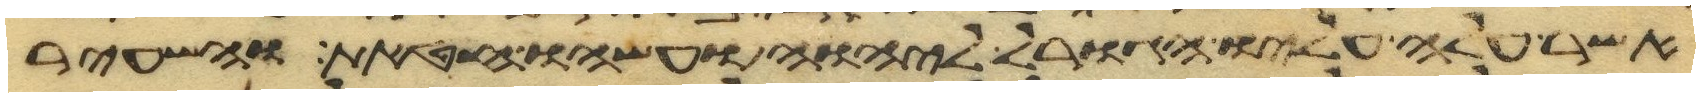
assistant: אשר עלה עליו הגורל ליהוה ועשהו חטאת והשעיר